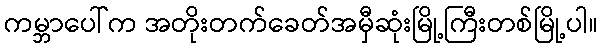
ကမ္ဘာပေါ်က အတိုးတက်ခေတ်အမှီဆုံးမြို့ကြီးတစ်မြို့ပါ။